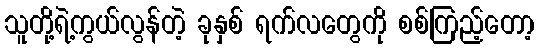
သူတို့ရဲ့ကွယ်လွန်တဲ့ ခုနှစ် ရက်လတွေကို စစ်ကြည့်တော့